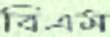
বিএম